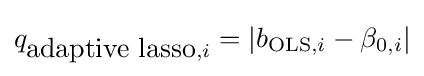
q_{{\mbox{adaptive lasso}},i}=|b_{{\text{OLS}},i}-\beta _{0,i}|